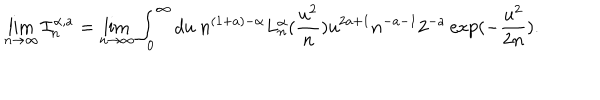
\lim _ { n \to \infty } \mathcal { I } _ { n } ^ { \alpha , a } = \lim _ { n \to \infty } \int _ { 0 } ^ { \infty } d u \ n ^ { ( 1 + a ) - \alpha } L _ { n } ^ { \alpha } ( \frac { u ^ { 2 } } { n } ) u ^ { 2 a + 1 } n ^ { - a - 1 } 2 ^ { - a } \exp ( - \frac { u ^ { 2 } } { 2 n } ) .